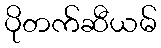
ပိုတက်ဆီယမ်